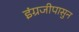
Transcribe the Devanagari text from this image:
इंग्रजीपासुन